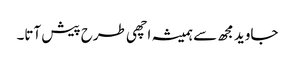
جاوید مجھ سے ہمیشہ اچھی طرح پیش آتا۔